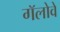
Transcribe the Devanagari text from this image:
गॅलोवे